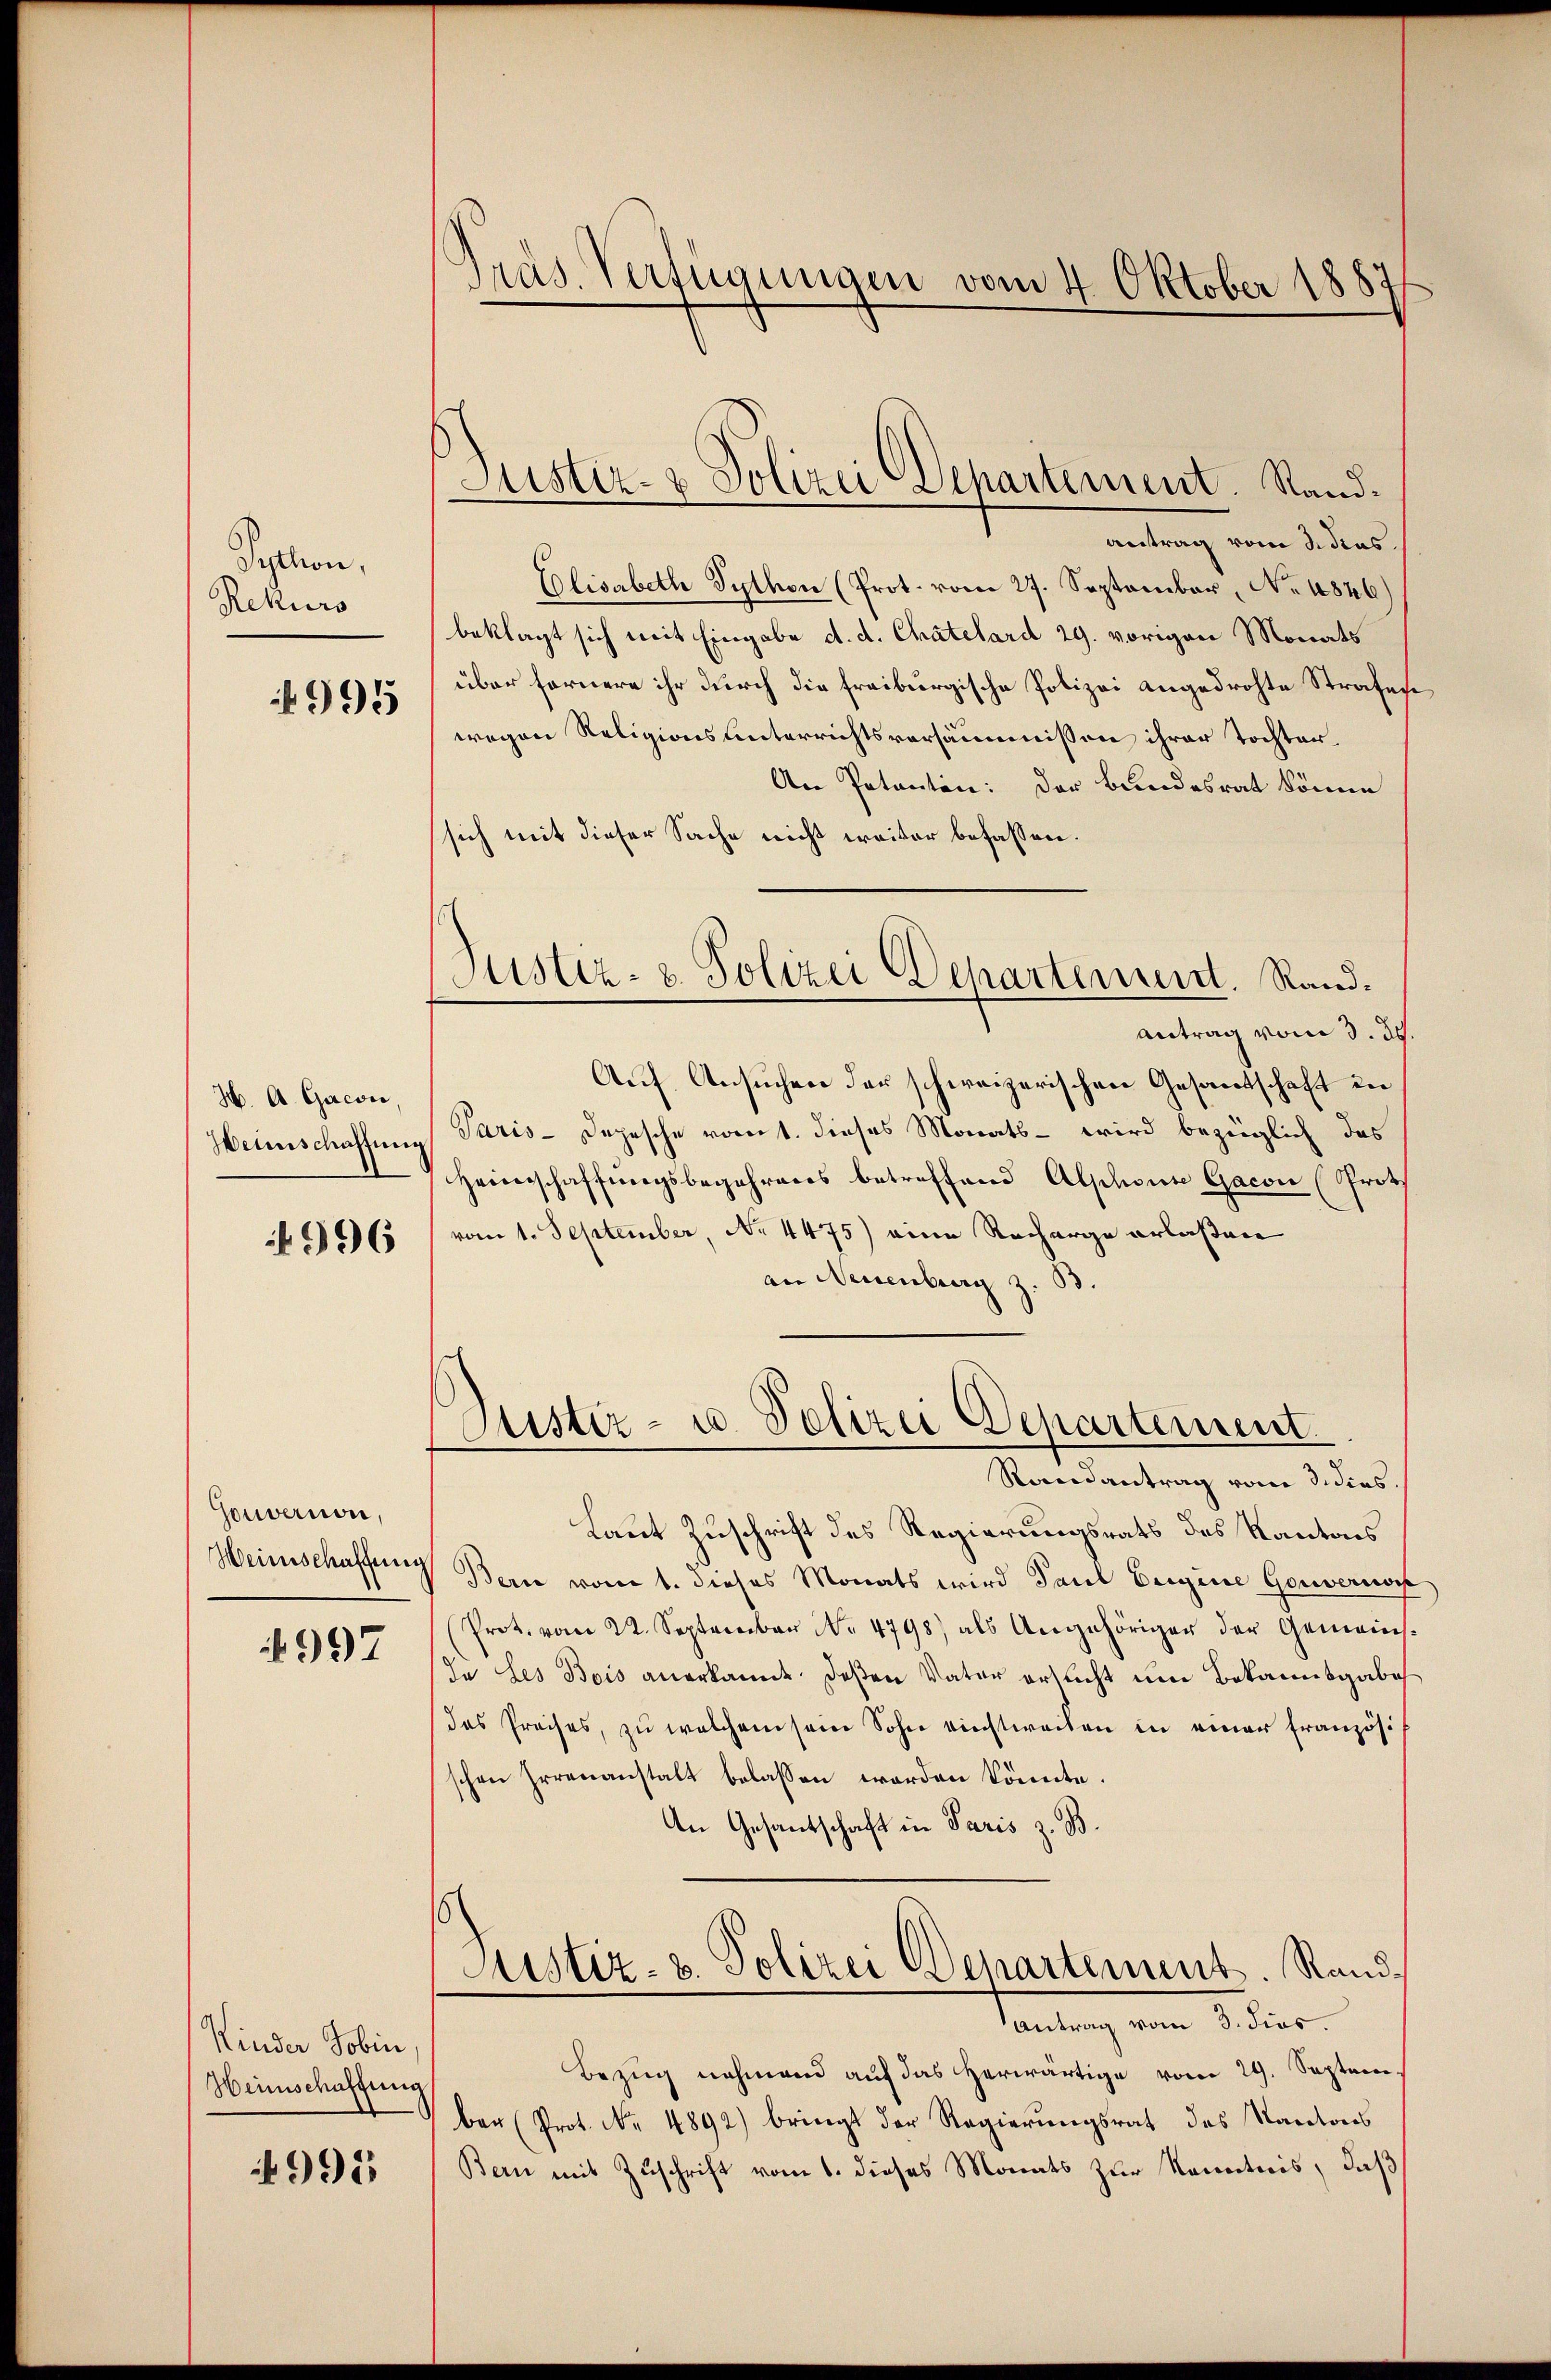
Syphon,
Rekurs
995

H. A. Gacon
Heimschaftung

996

Gouvernon,
Weinschaffung

997

Kinder Jobin
Heimschaffung

4992.

Präs. Verfügungen vom 4. Oktober 1887

Justiz- & Polizei Departement. Stand¬

Justiz- & Polizei Departement. Rand.

antrag vom 3. dies
Elisabeth Sython (Prot. vom 27. September, No. 1846)
beklagt sich mit Eingabe d. d. Chatelard 29. vorigen Monats
über fernere ihr durch die freiburgische Polizei angedrohte Strafen
wegen Religionsunterrichtsversäumnissen ihrer Tochter.
An Patanten: Der Bundesrat könne
sich mit dieser Sache nicht weiter befassen.
Antrag vom 3. d.
Auf Ansuchen der schweizerischen Gesandtschaft in
Paris - Depesche rocit. dieses Monats - wird bezüglich das
Heimschaffungsbegehrens betreffend Alphouse Gacon (Prot
vom 1. September, No 4475) eine Recharge erlaßen
an Neuenburg z. B.
Justiz- u. Polizei Departement.
Randantrag vom 3. dies
Laut Zuschrift des Regierungsrats des Kantons
Berne vom 1. dieses Monats wird Paul Eeigine Gouvernoch
(Prot. vom 22. September No 4798) als Angehöriger der Gemeins-
In des Bois anerkannt. deßen Vater erleicht um Bekannsgabe
das Preises, zu welchem sein Sohn nichtweilen in einer Französis
schen Irrenanstalt belassen worden könnte.
An Gesantschaft in Paris z. B.
Justiz- u. Polizei Departement. Rand¬
Antrag vom 3. dies.
Bezug nehmend auf das herwärtige vom 29. Septem
ber (Prot. No. 4892) bringt der Regierungsrat des Kantons
Bern mit Zuschrift vom 1. dieses Monats zur Kenntnis, daß